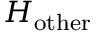
H _ { \mathrm { o t h e r } }